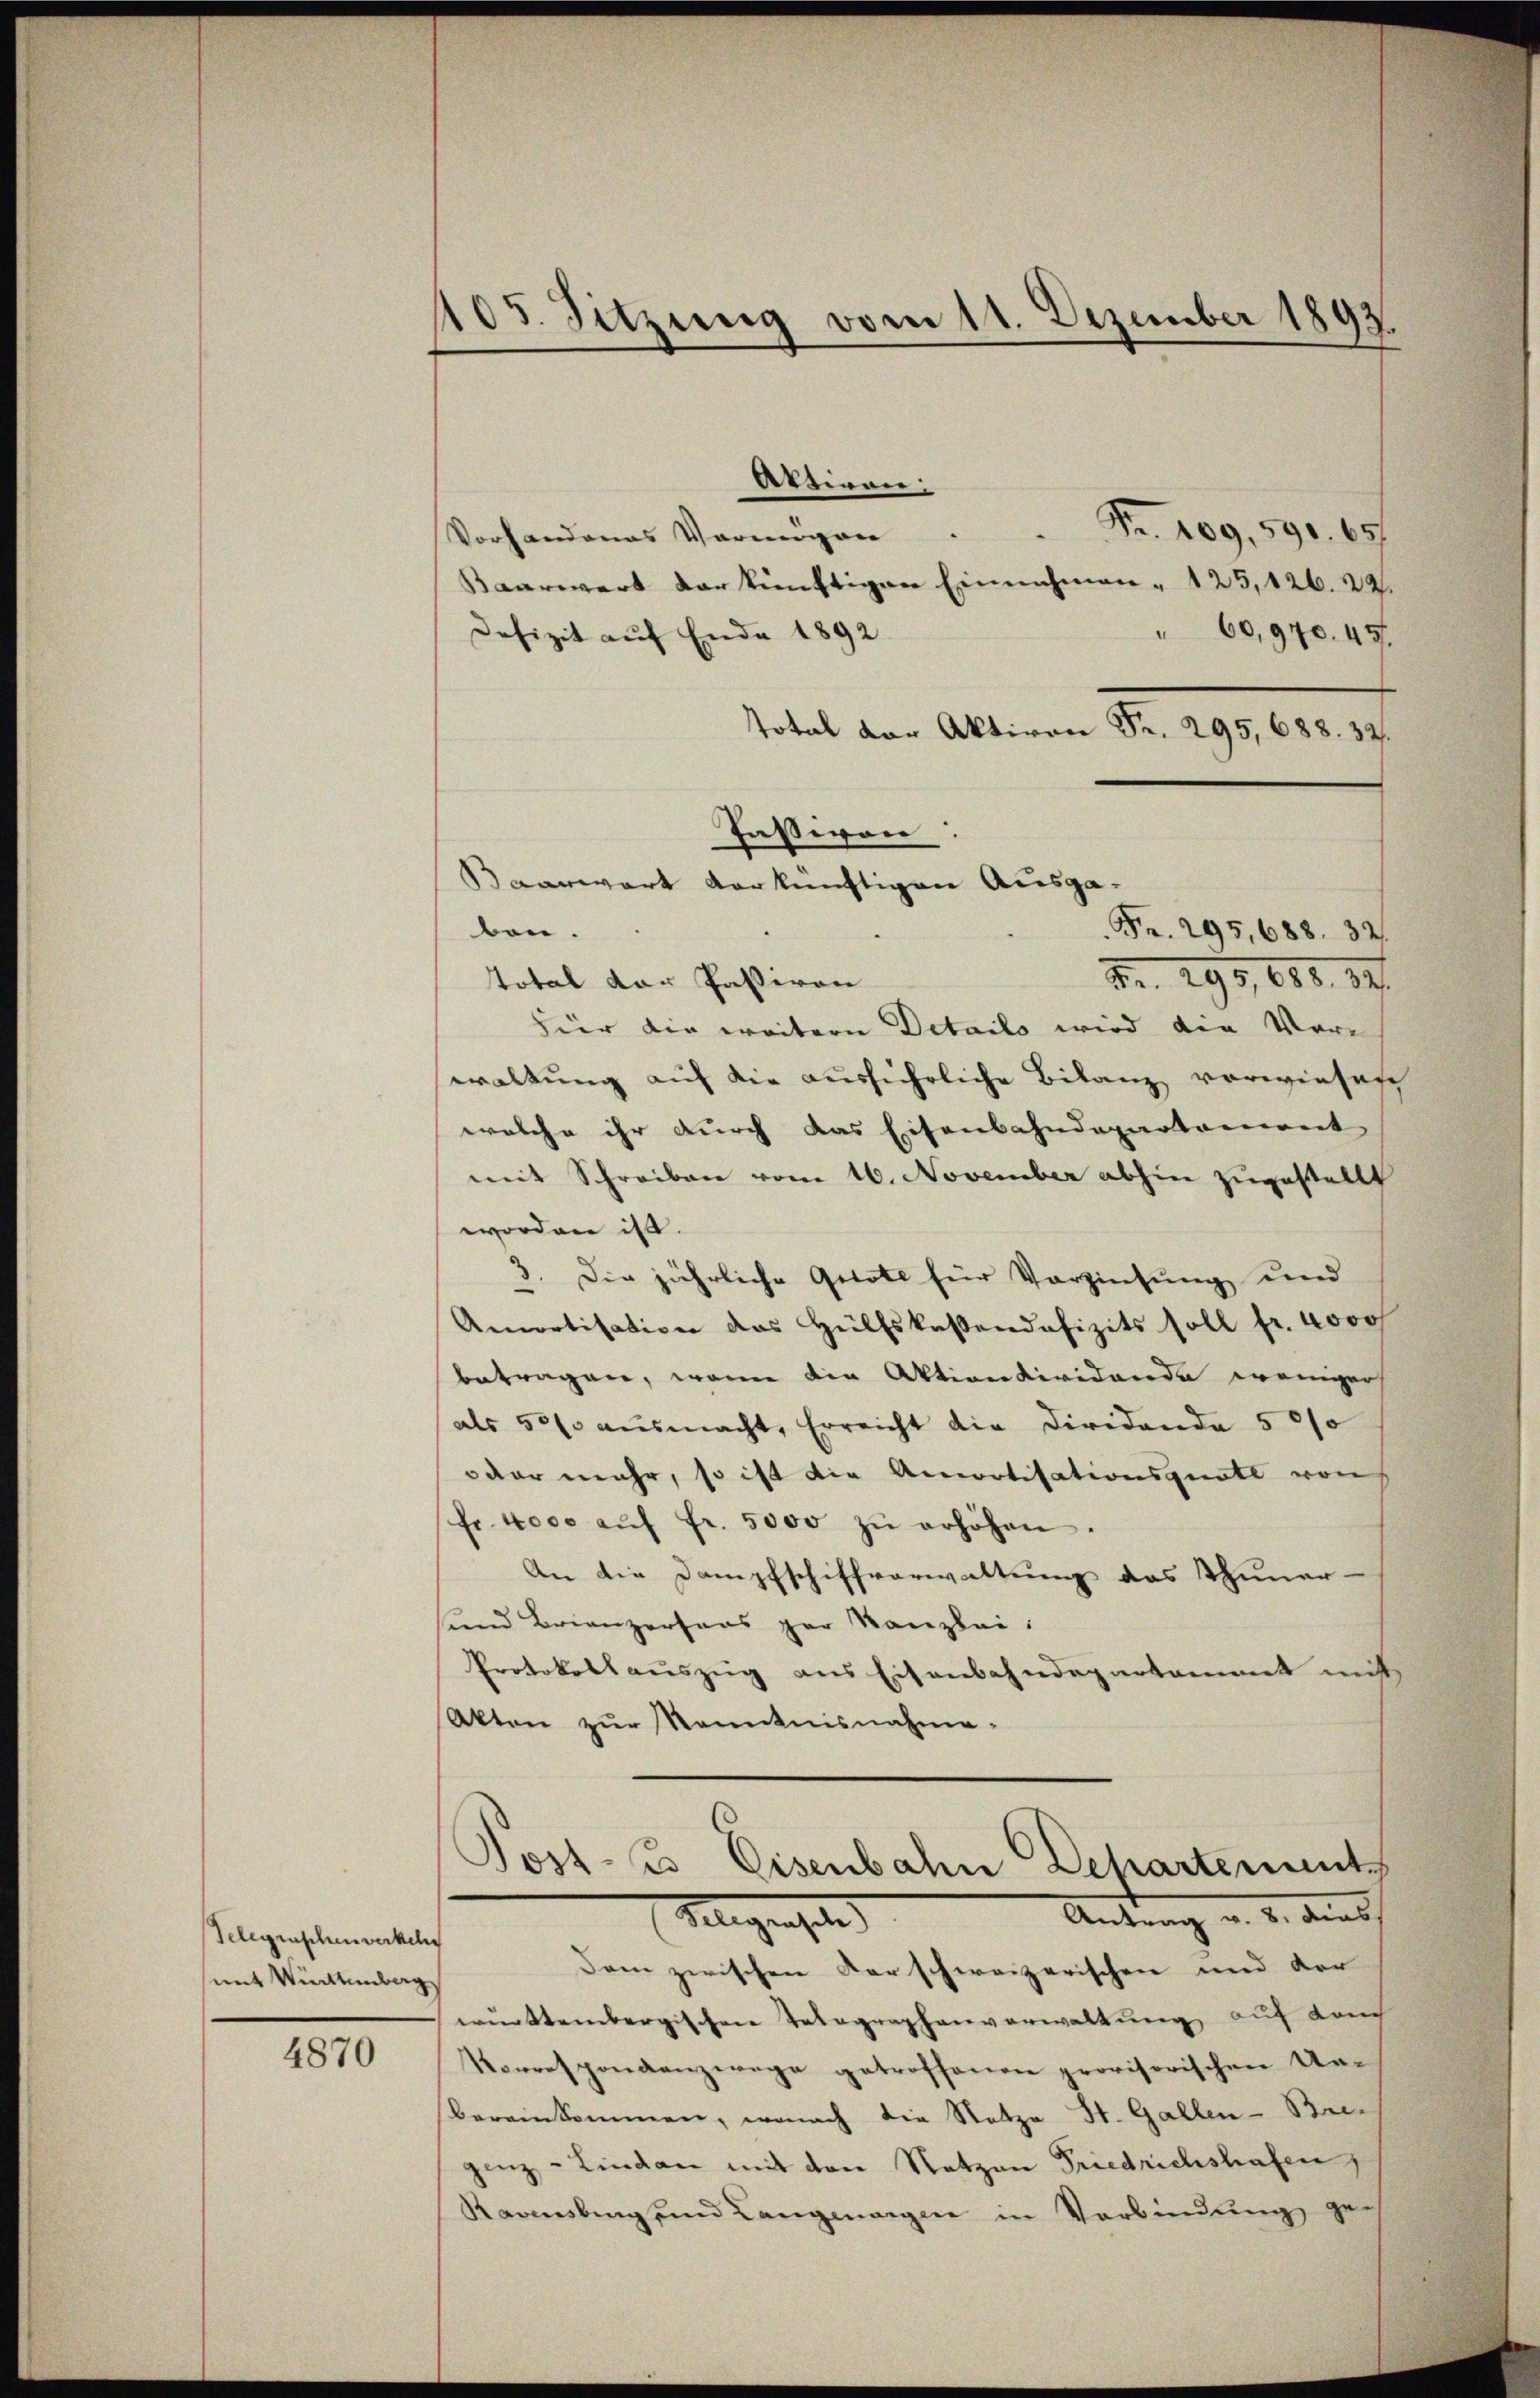
4870

Telegenschenwerkeh
mit Wintenbarg

105. Sitzung vom 11. Dezember 1893.

Aktiren:
Fr. 109, 590. 657
Vorhandenes Vermögen
Baarwert der künftigen Einnahmen " 125, 126. 22.
Defizit auf Ende 1892.
"60,970. 451.
Total der Aktiven Fr. 295, 688. 32.
ben.
Br. 295, 680. 14.
total der Passiven
hier die weitern Details wird die Vorwaltung auf die ausführliche Bilanz vorwiesen
welche ihr durch das Eisenbahndepartement
mit Schreiben vom 16. November abhin zugestellt
worden ist.
3. Die jährliche Gebote für Verzinsung und
Amortisation des Hülfskassendofizits soll fr. 4000
betragen, wenn den Aktiondividande weniger
als 501 aŭsmacht, Erreicht die Diridanda 5 0/0
oder mehr, so ist die Amortisationsquote von
fr. 4000 aŭf fr. 5000 zŭ erhöhen.
An die Dampfschiffverwaltung das Thuner-
und Brienzersans par Kanzlei:
Protokollauszug aus Eisenbahndepartament nicht
Akten zur Kenntnisnahme-
Jost es Eisenbahn Departement
Antrag v. 2. darauf
Flegengele
Dem zwischen Karschweizerischen und der
württembergischen Telegraphenverwaltung auf Lauch
Vorrespondanzwege getroffenen provisorischen Ur-
bereinkommen, wonach die Notza St. Gallen-Bre-
genz - Linden mit den Netzen Friedrichshafen
Rarnsburg und Langmangen in Verbindŭng ge-

Passion:
Baarwart verkünftigen Ausga¬
Fr. 295, 688. 32.